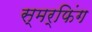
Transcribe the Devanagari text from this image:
स्मर्फिंग